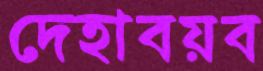
দেহাবয়ব